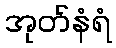
အုတ်နံရံ